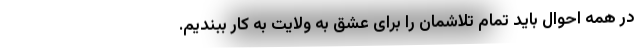
در همه احوال باید تمام تلاشمان را برای عشق به ولایت به کار ببندیم.